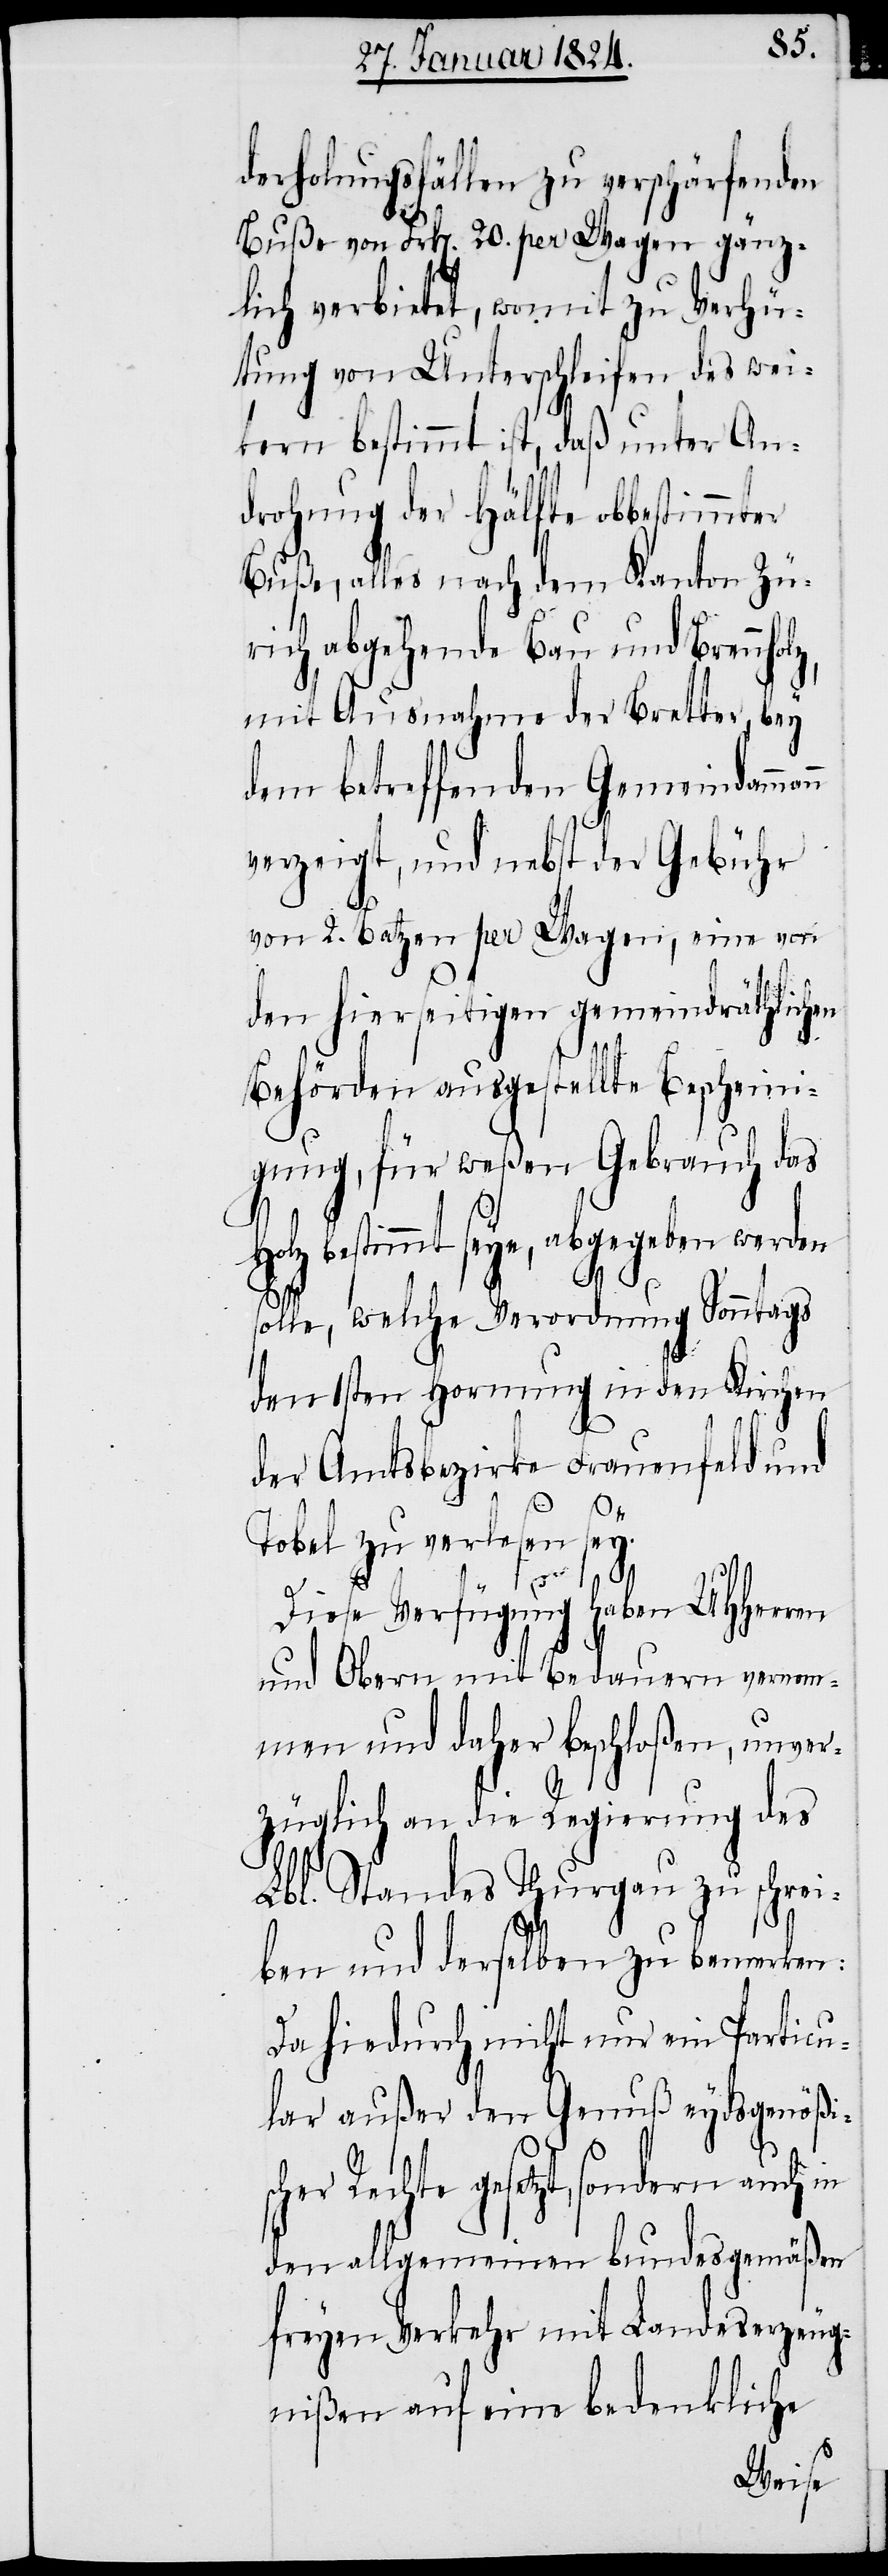
derholungsfällen zu verschärfenden
Buße von Frk[en]. 20. per Wagen gänz¬
lich verbietet, womit zu Verhü¬
tung von Unterschleifen des wei¬
tern bestimmt ist, daß unter An¬
drohung der Hälfte obbestimmter
Buße, alles nach dem Kanton Zü¬
rich abgehende Bau und Brennhol¬
mit Ausnahme der Bretter, bey
dem betreffenden Gemeindamma¬
verzeigt, und nebst der Gebühr
z,
von 2. Batzen per Wagen, eine von
den hierseitigen gemeindräthlichen
Behörden ausgestellte Bescheini¬
gung, für weßen Gebrauch das
bestimmt seye, abgegeben werden
solle, welche Verordnung Sonntags
den 1sten Hornung in den Kirchen
der Amtsbezirke Frauenfeld und
Tobel zu verlesen sey.
nn
sc¬
Diese Verfügung haben UHHerren
und Obern mit Bedauern unver¬
züglich an die Regierung des
Lbl. Standes Thurgau zu schrei¬
ben und derselben zu bemerken:
Da hiedurch nicht nur ein Particu¬
lar außer den Genuß eydsgenößi¬
her Rechte gesetzt, sondern auch in
den allgemeinen bundesgemäßen
freyen Verkehr mit Landeserzeug¬
nißen auf eine bedenkliche